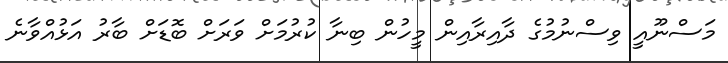
މަސްނޫއީ ވިސްނުމުގެ ދާއިރާއިން މީހުން ބިނާ ކުރުމަށް ވަރަށް ބޮޑަށް ބާރު އަޅުއްވާނެ